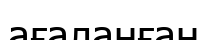
ағаланған